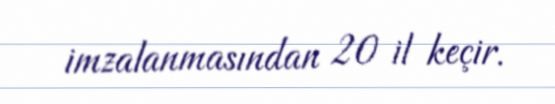
imzalanmasından 20 il keçir.